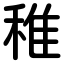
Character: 稚